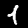
Digit: 1